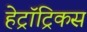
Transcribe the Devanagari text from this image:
हेट्रॉट्रिकस